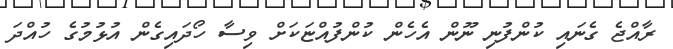
ރާއްޖެ ގެނައި ކުންފުނި ނޫން އެހެން ކުންފުއްޏަކަށް ވިސާ ހޯދައިގެން އުޅުމުގެ ހުއްދަ